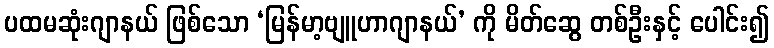
ပထမဆုံးဂျာနယ် ဖြစ်သော ‘မြန်မာ့ဗျူဟာဂျာနယ်’ ကို မိတ်ဆွေ တစ်ဦးနှင့် ပေါင်း၍